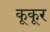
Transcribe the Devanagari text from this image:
कूकूर